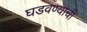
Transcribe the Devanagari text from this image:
घडवण्याची